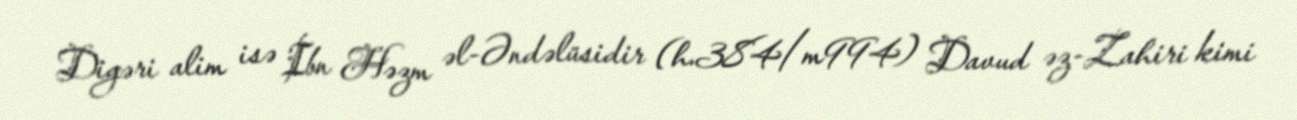
Digəri alim isə İbn Həzm əl-Əndəlüsidir (h.384/m994) Davud əz-Zahiri kimi